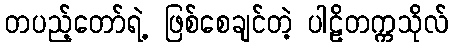
တပည့်တော်ရဲ့ ဖြစ်စေချင်တဲ့ ပါဠိတက္ကသိုလ်